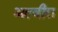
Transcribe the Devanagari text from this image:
अल्वीरा